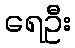
ရေဦး